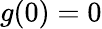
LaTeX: g(0)=0